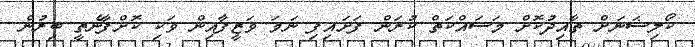
ކޯލިޝަނަށް ތާއިދުކޮށް މަސައްކަތް ކުރަން ފަށައިފި ނަމަ ވަޒީފާއިން ވަކި ކޮށްފާނެތީ ބިރުން